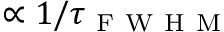
\propto 1 / \tau _ { \mathrm { ~ F ~ W ~ H ~ M ~ } }